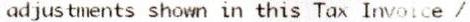
ADJUSTMENTS SHOWN IN THIS TAX INVOICE /